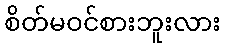
စိတ်မဝင်စားဘူးလား